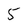
Character: 5